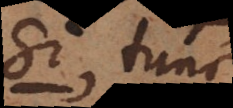
si, tunc